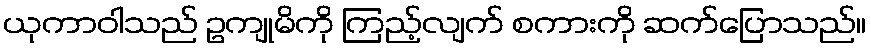
ယုကာဝါသည် ဥကျုမိကို ကြည့်လျက် စကားကို ဆက်ပြောသည်။